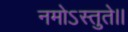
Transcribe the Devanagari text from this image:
नमोऽस्तुते।।